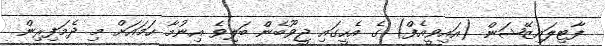
ފާޓިލައިޒޭޝަން (އައިވީއެފް) ގެ އެހީގައި ޖީވޫބެން ބަލިވެ އިނުމާ ހަމައަށް މި ދެމަފިރިން